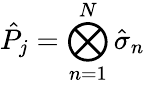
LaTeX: \hat{P}_{j}=\bigotimes_{n=1}^{N}\hat{\sigma}_{n}